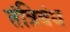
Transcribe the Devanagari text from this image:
तंत्रिबंध